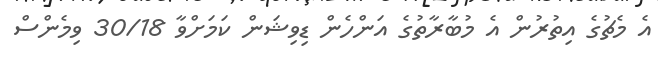
އެ މެޗުގެ އިތުރުން އެ މުބާރާތުގެ އަންހެން ޑިވިޝަން ކަމަށްވާ 30/18 ވިމެންސް